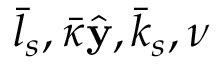
\bar { l } _ { s } , \bar { \kappa } \hat { \mathbf y } , \bar { k } _ { s } , \nu